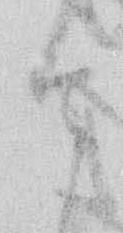
其